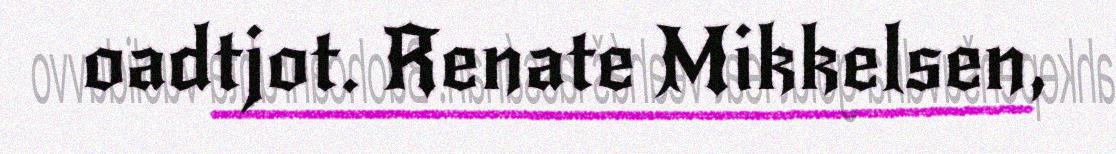
oadtjot. Renate Mikkelsen,